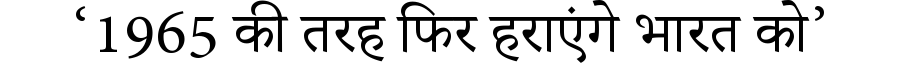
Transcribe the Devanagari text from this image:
‘1965 की तरह फिर हराएंगे भारत को’